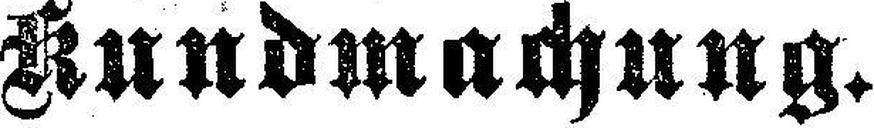
Kundmachung.